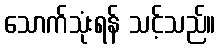
သောက်သုံးရန် သင့်သည်။